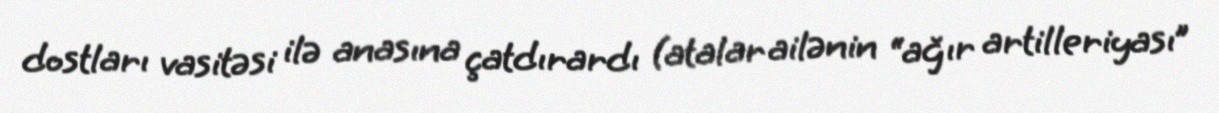
dostları vasitəsi ilə anasına çatdırardı (atalar ailənin “ağır artilleriyası”